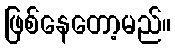
ဖြစ်နေတော့မည်။